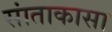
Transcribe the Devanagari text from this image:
सांताकासा